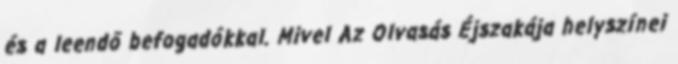
és a leendő befogadókkal. Mivel Az Olvasás Éjszakája helyszínei